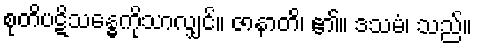
စုတိပဋိသန္ဓေကိုသာလျှင်။ ဇာနာတိ၊ ၏။ ဒသမံ၊ သည်။